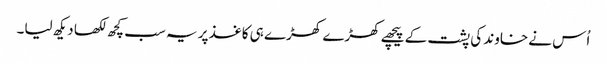
اُس نے خاوند کی پشت کے پیچھے کھڑے کھڑے ہی کاغذ پر یہ سب کچھ لکھا دیکھ لیا۔